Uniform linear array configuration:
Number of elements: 32
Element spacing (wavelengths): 0.5
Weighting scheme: exponential
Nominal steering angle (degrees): -60
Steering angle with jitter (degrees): -58.045
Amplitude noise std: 0.05
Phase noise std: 0.05

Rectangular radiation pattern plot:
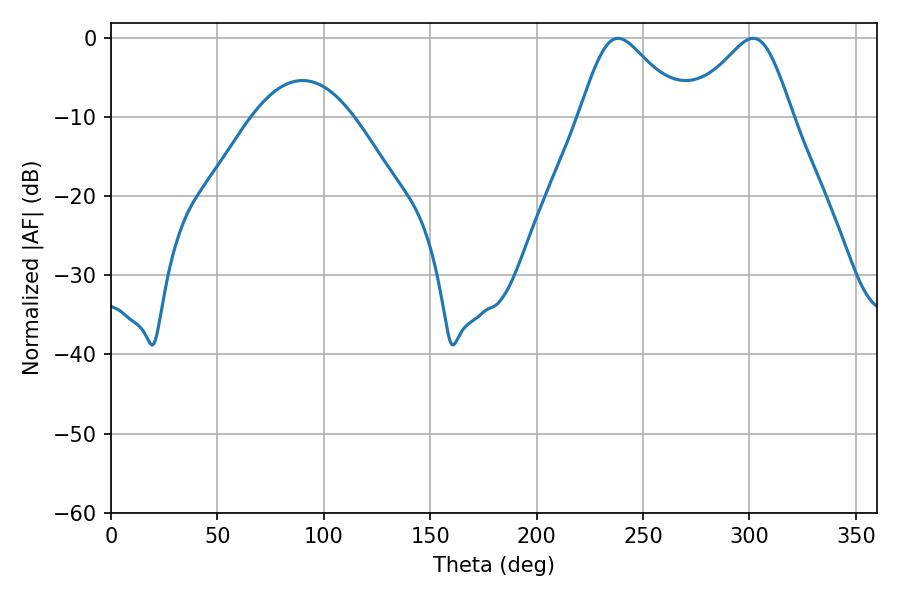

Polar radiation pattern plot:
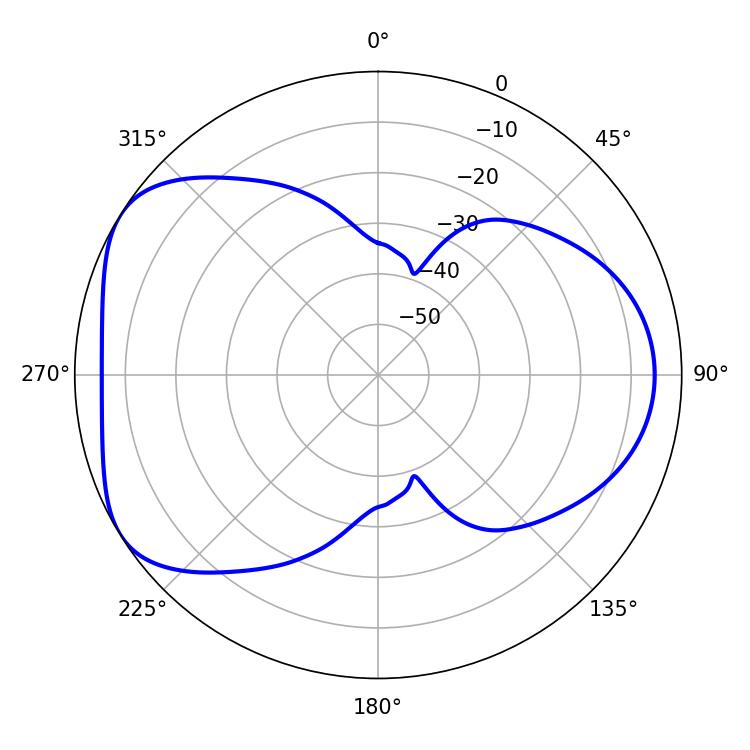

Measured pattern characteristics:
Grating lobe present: FALSE
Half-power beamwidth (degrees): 23.94
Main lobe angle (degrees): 301.68